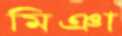
মিঞা